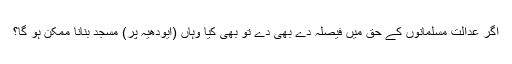
اگر عدالت مسلمانوں کے حق میں فیصلہ دے بھی دے تو بھی کیا وہاں (ایودھیہ پر) مسجد بنانا ممکن ہو گا؟